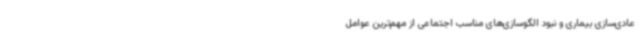
عادی‌سازی بیماری و نبود الگوسازی‌های مناسب اجتماعی از مهم‌ترین عوامل